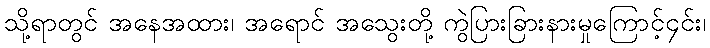
သို့ရာတွင် အနေအထား၊ အရောင် အသွေးတို့ ကွဲပြားခြားနားမှုကြောင့်၄င်း၊